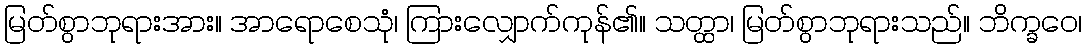
မြတ်စွာဘုရားအား။ အာရောစေသုံ၊ ကြားလျှောက်ကုန်၏။ သတ္ထာ၊ မြတ်စွာဘုရားသည်။ ဘိက္ခဝေ၊